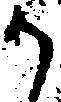
か